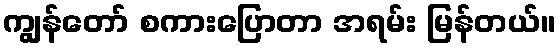
ကျွန်တော် စကားပြောတာ အရမ်း မြန်တယ်။